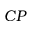
C P